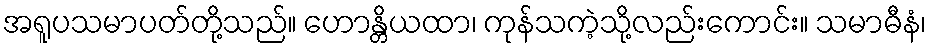
အရူပသမာပတ်တို့သည်။ ဟောန္တိယထာ၊ ကုန်သကဲ့သို့လည်းကောင်း။ သမာဓီနံ၊